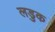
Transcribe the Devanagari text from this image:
लडुक